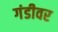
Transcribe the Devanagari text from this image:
गंडीवर